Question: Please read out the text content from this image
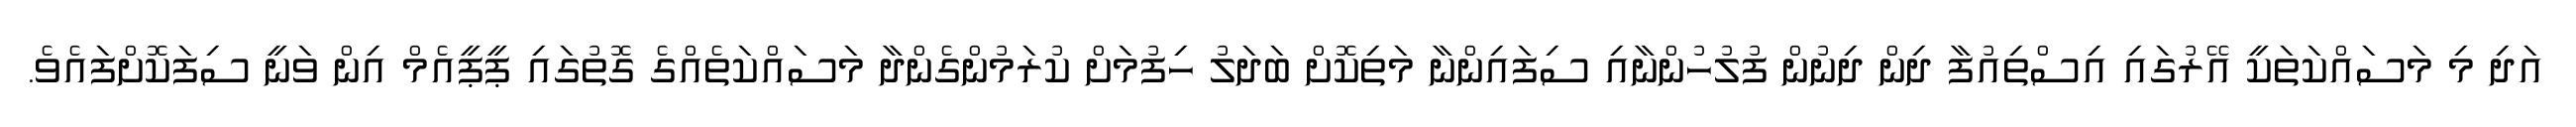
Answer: އަދި މި މަސައްކަތަކީ އޭރުގައި އިސްތިއުފާ ދިން ދިނުން ފުލުހުންނާއި ސިފައިންނާ މަތިކޮށް ބަދަލު ހިފުމަށް ކުރަމުންގެންދާ މަސައްކަތެއްގެ ގޮތުގައި ޕީޕީއެމް އިން ވަނީ ސިފަކޮށްފައެވެ.